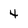
Character: 4